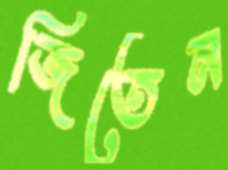
জিতেন